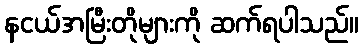
နငယ်အမြီးတိုများကို ဆက်ရပါသည်။